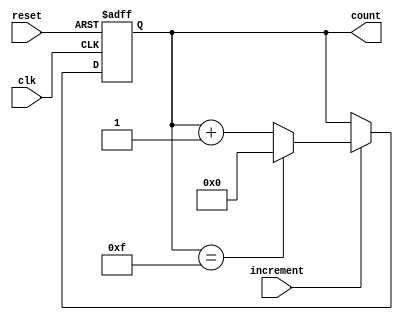
module IncrementalCounter #(
    parameter WIDTH = 4,           // Bit-width of the counter
    parameter INITIAL_VALUE = 0    // Initial value of the counter
)(
    input wire clk,                // Clock signal
    input wire reset,              // Asynchronous reset signal
    input wire increment,          // Increment control signal
    output reg [WIDTH-1:0] count   // Current count value
);

    // Maximum value based on WIDTH
    localparam MAX_VALUE = (1 << WIDTH) - 1;

    // Asynchronous reset logic
    always @(posedge clk or posedge reset) begin
        if (reset) begin
            count <= INITIAL_VALUE;  // Initialize counter to initial value
        end else if (increment) begin
            // Increment logic with wrap around
            if (count == MAX_VALUE) begin
                count <= INITIAL_VALUE;  // Wrap around to initial value
            end else begin
                count <= count + 1;       // Increment count
            end
        end
    end

endmodule